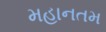
મહાનતમ